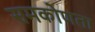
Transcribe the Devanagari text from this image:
समकोणता